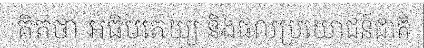
គិតថា អធិបតេយ្យ និងផលប្រយោជន៍ជាតិ